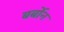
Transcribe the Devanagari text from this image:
बर्बोन